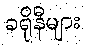
ခရိုနီများ